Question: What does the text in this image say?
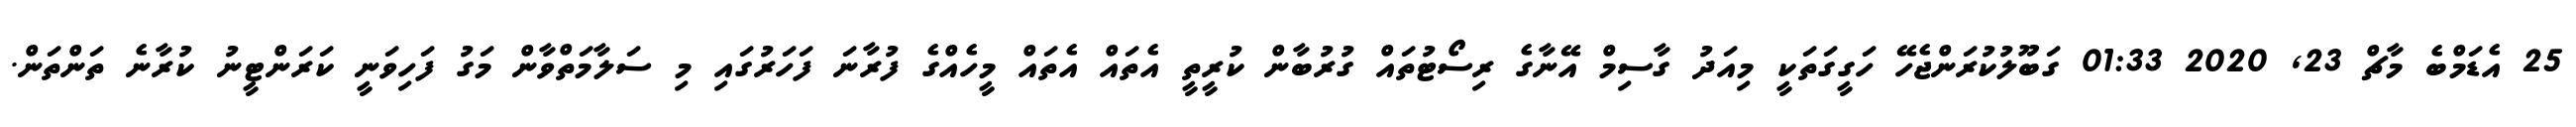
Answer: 25 އެޑަމްބެ މާޗް 23, 2020 01:33 ގަބޫލުކުރަންޖެހޭ ހަގީގަތަކީ މިއަދު ގާސިމް އޭނާގެ ރިސޯޓުތައް ގުރުބާން ކުރީތީ އެތައް އެތައް މީހެއްގެ ފުރާނަ ފަހަރުގައި މި ސަލާމަތްވާން މަގު ފަހިވަނީ ކަރަންޓީނު ކުރާނެ ތަންތަން.